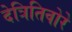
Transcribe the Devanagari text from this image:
देत्रितिवोरे